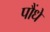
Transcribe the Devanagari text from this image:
पौंधे